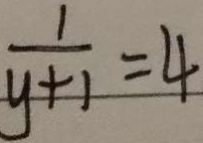
\frac { 1 } { y + 1 } = 4